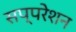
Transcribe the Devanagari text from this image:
सप्परेशन